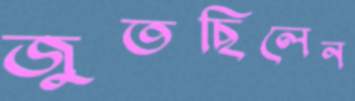
জুতছিলেন